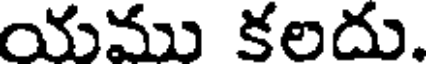
యము కలదు.